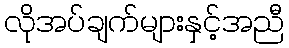
လိုအပ်ချက်များနှင့်အညီ